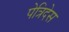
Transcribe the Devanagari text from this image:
पेत्रिदेस